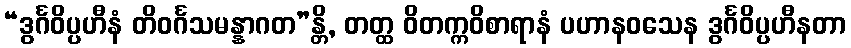
“ဒွင်္ဂဝိပ္ပဟီနံ တိဝင်္ဂသမန္နာဂတ”န္တိ, တတ္ထ ဝိတက္ကဝိစာရာနံ ပဟာနဝသေန ဒွင်္ဂဝိပ္ပဟီနတာ